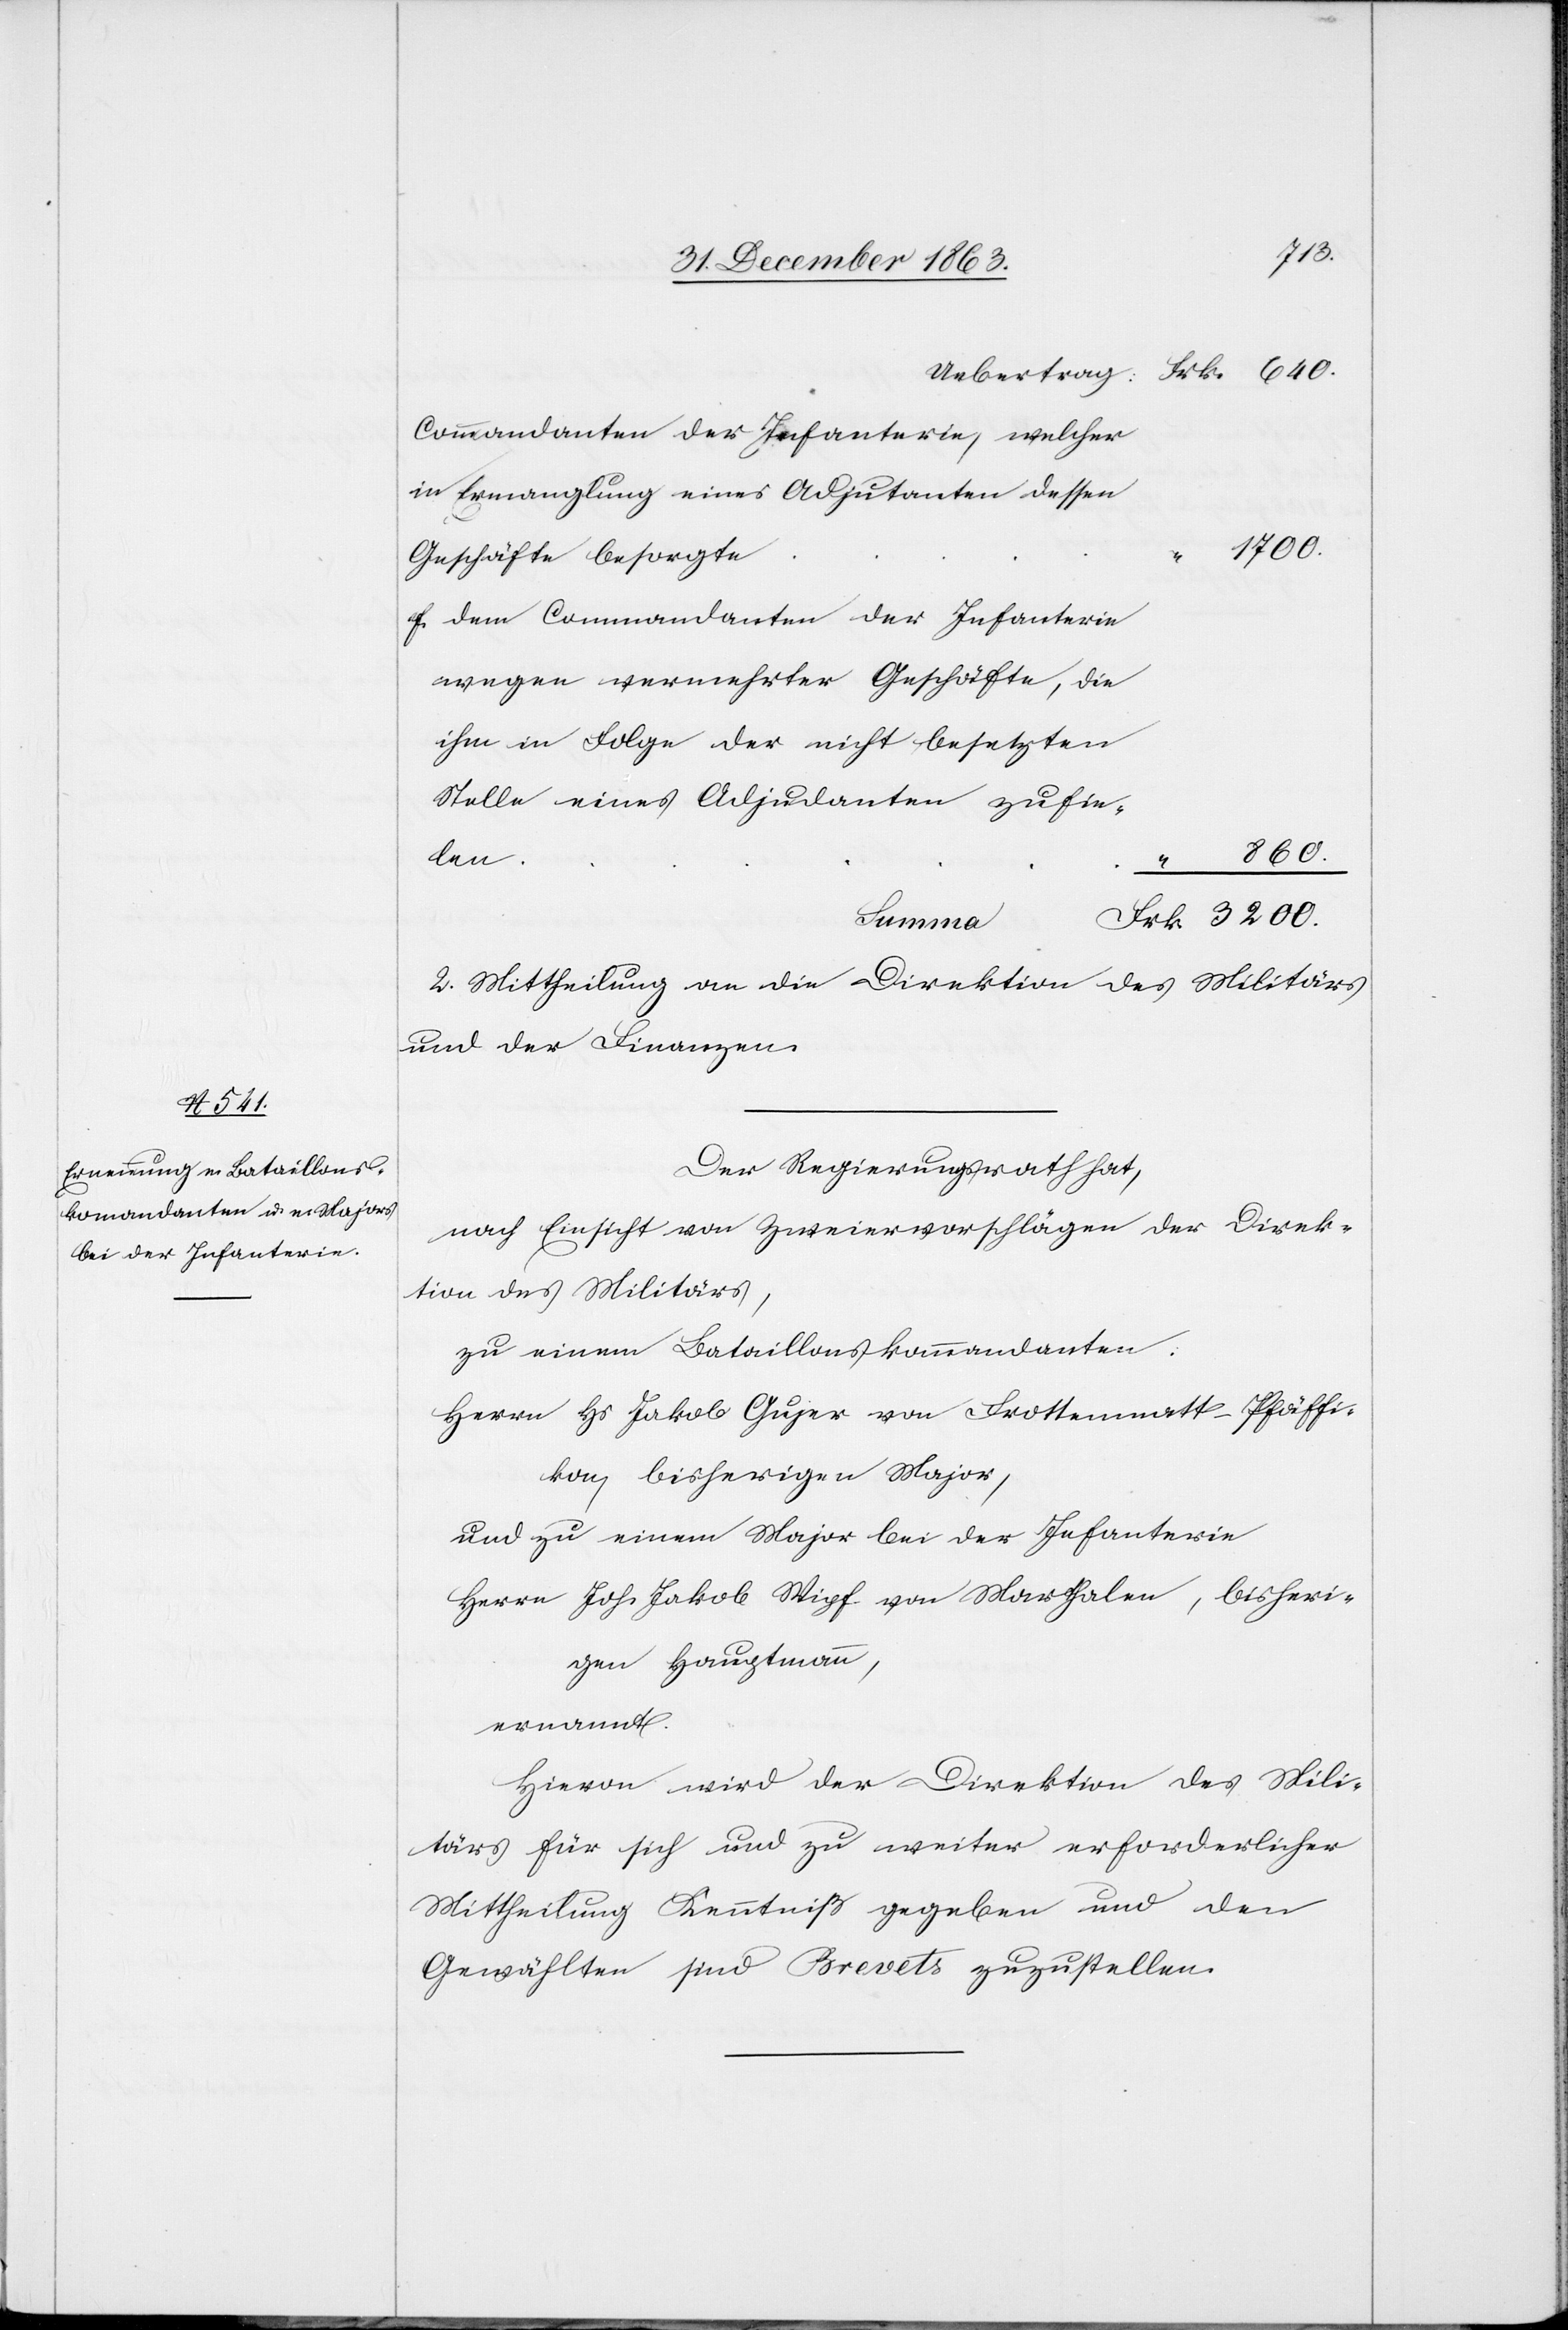
Uebertrag
Commandanten der Infanterie, welcher
in Ermanglung eines Adjutanten dessen
1700.
Geschäfte besorgte
dem Commandanten der Infanterie
wegen vermehrter Geschäfte, die
ihm in Folge der nicht besetzten
Stelle eines Adjudanten zufie¬
860.
len.
“
Summa
2. Mittheilung an die Direktion des Militärs
und der Finanzen.
Der Regierungsrath hat,
nach Einsicht von Zweiervorschlägen der Direk¬
tion des Militärs,
zu einem Bataillonskommandanten:
Herrn Hs Jakob Gujer von Frottenmatt-Pfäffi¬
kon, bisherigen Major,
und zu einem Major bei der Infanterie
Herrn Joh. Jakob Wipf von Marthalen, bisheri¬
gen Hauptmann,
ernannt.
Hievon wird der Direktion des Mili¬
tärs für sich und zu weiter erforderlicher
Mittheilung Kenntniß gegeben und den
Gewählten sind Brevets zuzustellen.